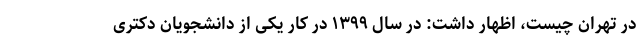
در تهران چیست، اظهار داشت: در سال ۱۳۹۹ در کار یکی از دانشجویان دکتری